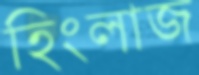
হিংলাজ